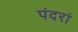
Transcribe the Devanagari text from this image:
पंदरां